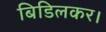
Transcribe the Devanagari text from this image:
बिडिलकर।